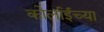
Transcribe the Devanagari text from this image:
कोर्लाईच्या